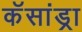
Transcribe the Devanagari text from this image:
कॅसांड्रा